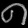
Digit: ၈